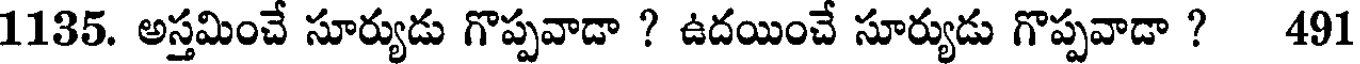
1135. అస్తమించే సూర్యుడు గొప్పవాడా ? ఉదయించే సూర్యుడు గొప్పవాడా ? 491